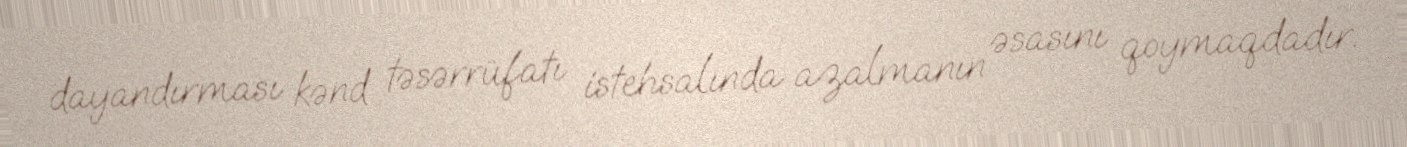
dayandırması kənd təsərrüfatı istehsalında azalmanın əsasını qoymaqdadır.